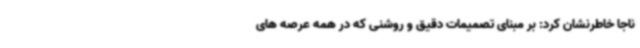
ناجا خاطرنشان کرد: بر مبنای تصمیمات دقیق و روشنی که در همه عرصه های